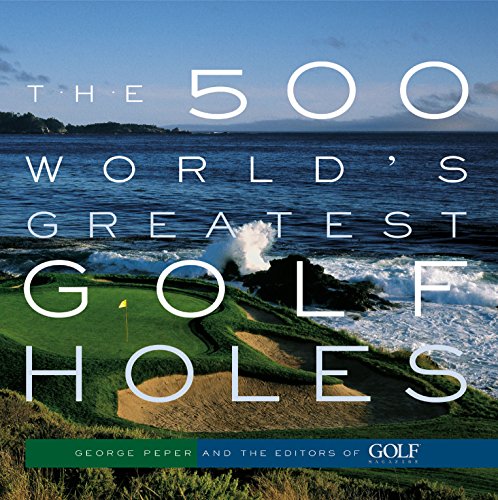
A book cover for The 500 World's Greatest Golf Holes; Editors of Golf Magazine; Sports & Outdoors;